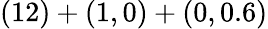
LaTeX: (12)+(1,0)+(0,0.6)